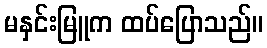
မနှင်းမြူက ထပ်ပြောသည်။